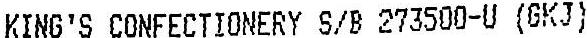
KING'S CONFECTIONERY S/B 273500-U (GKJ)